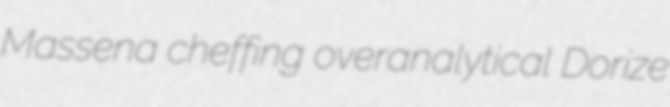
Massena cheffing overanalytical Dorize